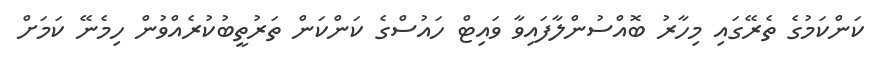
ކަންކަމުގެ ތެރޭގައި މިހާރު ބޮއްސުންލާފައިވާ ވައިޓް ހައުސްގެ ކަންކަން ތަރުތީބުކުރެއްވުން ހިމެނޭ ކަމަށް